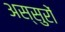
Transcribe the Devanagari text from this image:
अस्सुरों